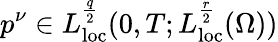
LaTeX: p^{\nu}\in L_{\mathrm{loc}}^{\frac{q}{2}}(0,T;L_{\mathrm{loc}}^{\frac{r}{2}}(\Omega))